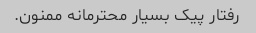
رفتار پیک بسیار محترمانه ممنون.